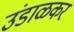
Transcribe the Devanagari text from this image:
उंडाळकर